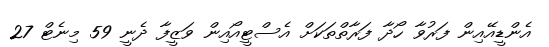
އެންޑީއޭއިން ފަރުވާ ހޯދާ ފަރާތްތަކަށް އެސްޓީއޯއިން ވަޒީފާ ދެނީ 59 މިނެޓް 27